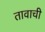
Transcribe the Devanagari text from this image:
तावाची